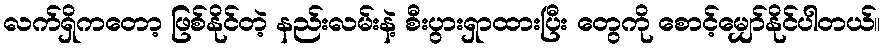
လက်ရှိကတော့ ဖြစ်နိုင်တဲ့ နည်းလမ်းနဲ့ စီးပွားရှာထားပြီး တွေကို စောင့်မျှော်နိုင်ပါတယ်။